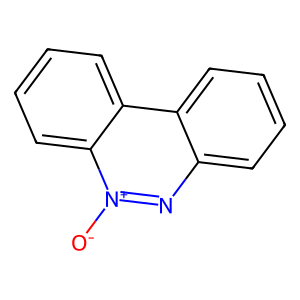
SMILES: [O-][n+]1nc2ccccc2c2ccccc21
Inhibits HIV replication: No